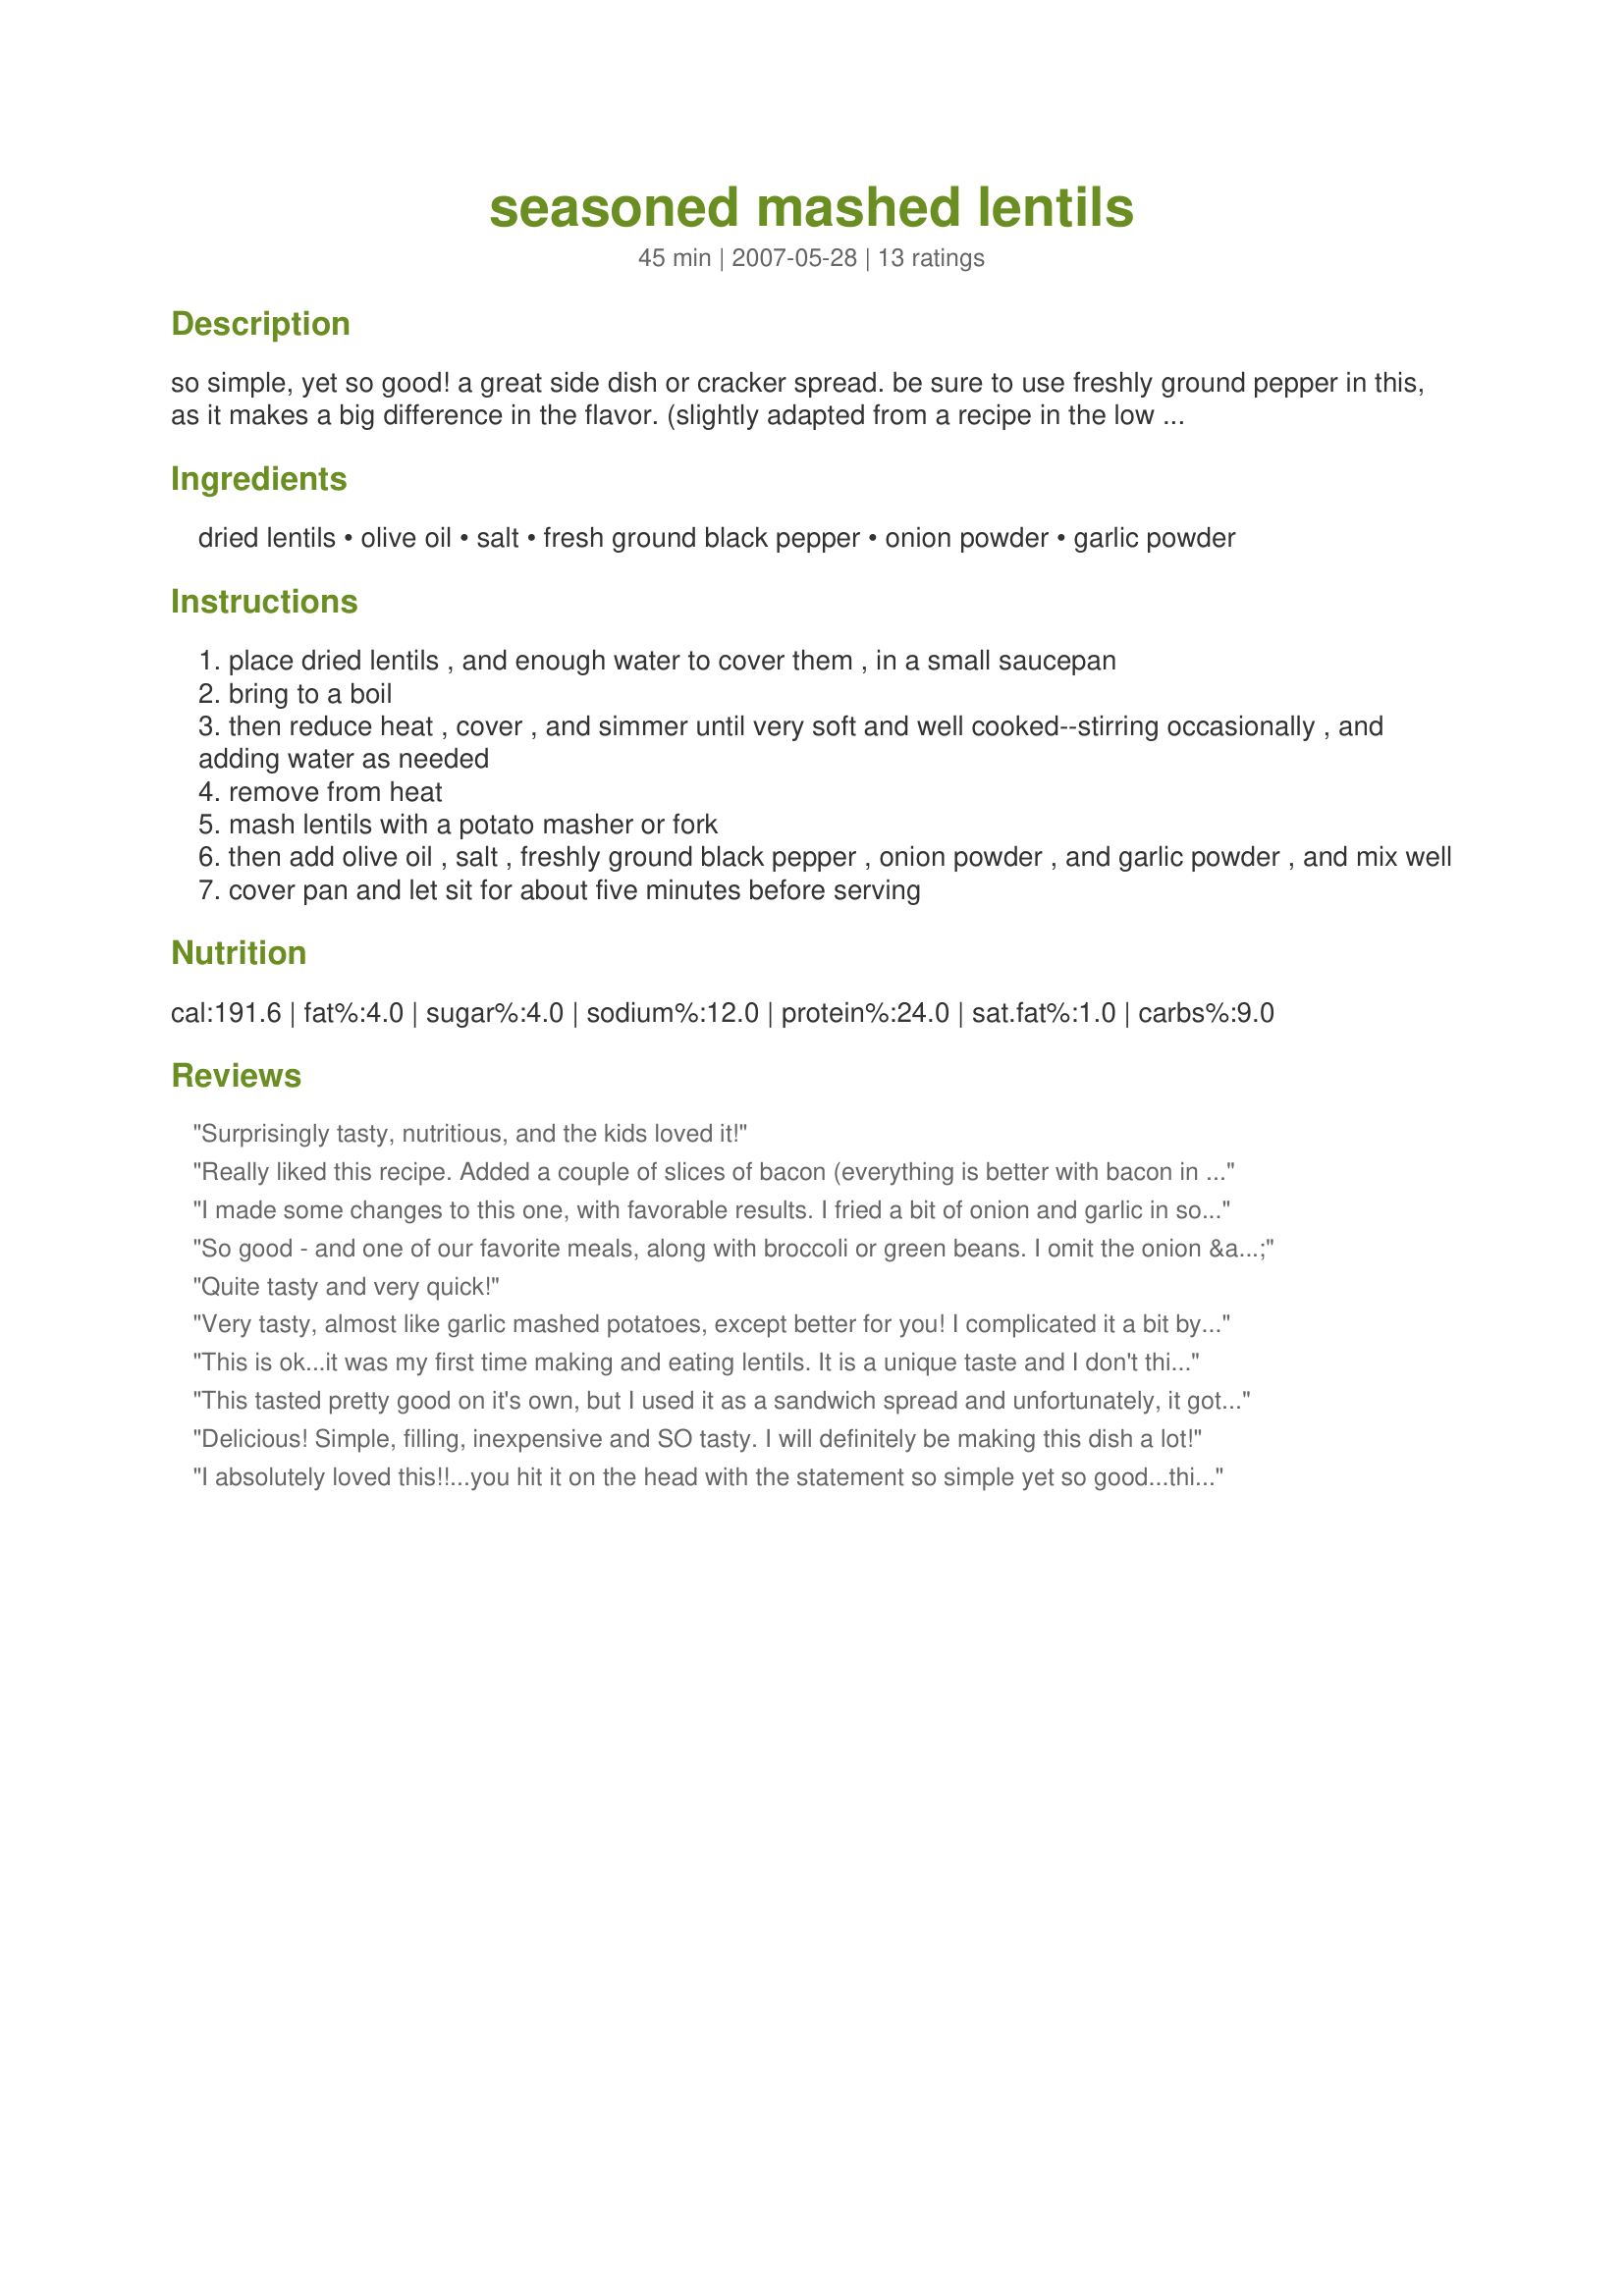
seasoned mashed lentils
Preparation time: 45 minutes

so simple, yet so good! a great side dish or cracker spread. be sure to use freshly ground pepper in this, as it makes a big difference in the flavor. (slightly adapted from a recipe in the low oxalate cookbook, book two.)

Ingredients:
dried lentils, olive oil, salt, fresh ground black pepper, onion powder, garlic powder

Steps:
place dried lentils , and enough water to cover them , in a small saucepan
bring to a boil
then reduce heat , cover , and simmer until very soft and well cooked--stirring occasionally , and adding water as needed
remove from heat
mash lentils with a potato masher or fork
then add olive oil , salt , freshly ground black pepper , onion powder , and garlic powder , and mix well
cover pan and let sit for about five minutes before serving

Reviews:
Surprisingly tasty, nutritious, and the kids loved it!
Really liked this recipe. Added a couple of slices of bacon (everything is better with bacon in my house). Also, I used fresh chopped onion and minced garlic to replace the powders. Great stuff. Would make this again. Thanks!
I made some changes to this one, with favorable results. I fried a bit of onion and garlic in some butter before adding the lentils and cut out the dry spices. Also, when the lentils were ready, I tossed in dash or two of bread crumbs to make the consistency more like mashed potatoes; just enough to get the lentils a little tacky. Great side dish for vegetarian comfort foods. Thanks for the recipe!
So good - and one of our favorite meals, along with broccoli or green beans. I omit the onion & garlic powder in favor of fresh onion & garlic cooked along with the lentils like some other reviewers suggested.
Quite tasty and very quick!
Very tasty, almost like garlic mashed potatoes, except better for you! I complicated it a bit by using fresh onions (1/3 cup) and garlic (1 clove), which I cooked together with the lentils. I also added about 2 tablespoons of milk while mashing, for extra smoothness. I might use a bit more next time, but this is really very good even without it. Thanks!
This is ok...it was my first time making and eating lentils. It is a unique taste and I don't think it really resembles mashed potatoes...I think I will try making it again because of the health factor, but next time I will be sure to blend it instead of mashing it. I think if it were whipped more, the texture would have been better.
This tasted pretty good on it's own, but I used it as a sandwich spread and unfortunately, it got a little lost amongst all the other flavors. Next time I'll just eat it as a side dish or a dip. Thanks for sharing!
Delicious! Simple, filling, inexpensive and SO tasty. I will definitely be making this dish a lot!
I absolutely loved this!!...you hit it on the head with the statement so simple yet so good...this will be a new staple side in my house... I can pull it out quick as can be 'cause I always have a bag of lentils from the bulk store in the pantry for sprouting...I tagged this for "I Recommend", and made it twice in less than a week...I have taken to doing it in veggie broth because I happen to have a giant pot of it freshly made this week and because of that I skipped the oil...but I can see this being good with the oil, margarine, additional spices or even a nut milk to really make it creamy...the way i had it it was incredibly "buttery" tasting, melt in your mouth yumminess...a new go to comfort food for me...I can eat a whole pot myself -> I'll say it againYUM :) - SO SIMPLE YET SO GOOD! Thanks So Cal Gal!!
This recipe has become a staple part of my diet. Absolutely love it.

Never felt compelled to write a review before, but this is so simple, quick, affordable, and tasty! Excellent.
I love this! I added a little extra water and put some chicken boullion in it to stretch it, while still giving it flavor. Excellent! I too added some fresh onions. I've also made it adding a couple of tablespoons of pizza sauce, which is excellent too! THANKS!
I was skeptical, but this really was good. I also used fresh onion when boiling the lentils and a little milk when mashing, but the milk caused the mashed lentils to turn an unattractive green color. Luckily my husband has an open mind.
